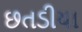
છતડીયા